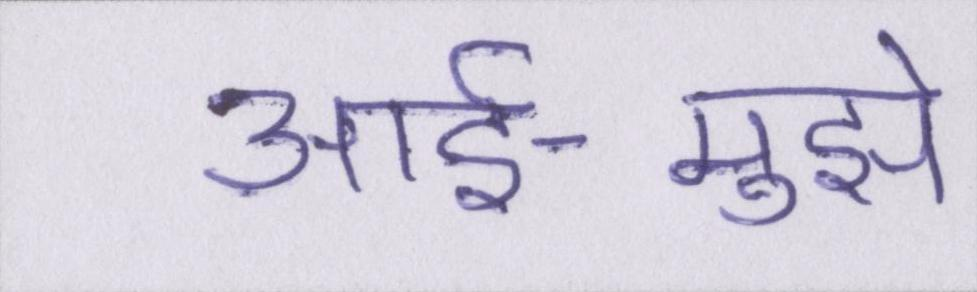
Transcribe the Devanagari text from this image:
आर्इ-मुझे